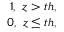
\begin{array} { r } { 1 , \ z > t h , } \\ { 0 , \ z \leq t h , } \end{array}